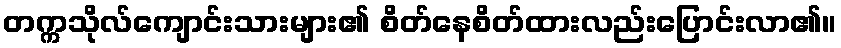
တက္ကသိုလ်ကျောင်းသားများ၏ စိတ်နေစိတ်ထားလည်းပြောင်းလာ၏။